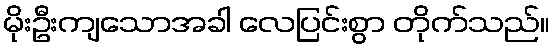
မိုးဦးကျသောအခါ လေပြင်းစွာ တိုက်သည်။